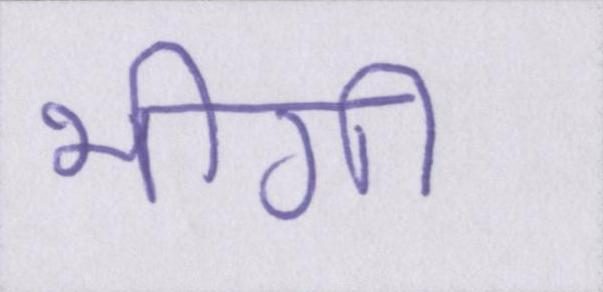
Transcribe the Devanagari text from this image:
भीगी